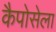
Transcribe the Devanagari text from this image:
कैपोसेला